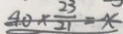
4 0 \times \frac { 2 3 } { 2 1 } = x